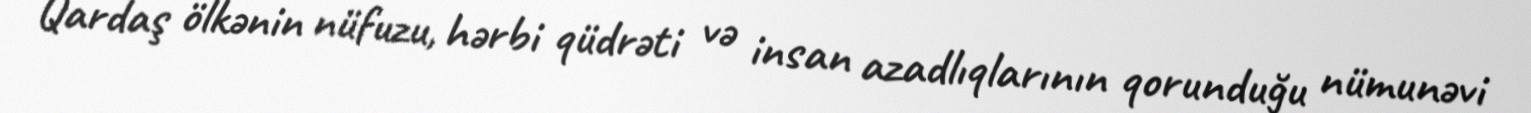
Qardaş ölkənin nüfuzu, hərbi qüdrəti və insan azadlıqlarının qorunduğu nümunəvi